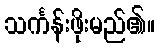
သင်္ကန်းဖိုးမည်၏။